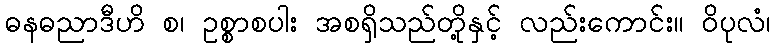
ဓနဓညာဒီဟိ စ၊ ဥစ္စာစပါး အစရှိသည်တို့နှင့် လည်းကောင်း။ ဝိပုလံ၊